Senior Leaving Certificate Examination (including Day School Certificate (Higher) General paper), 1949
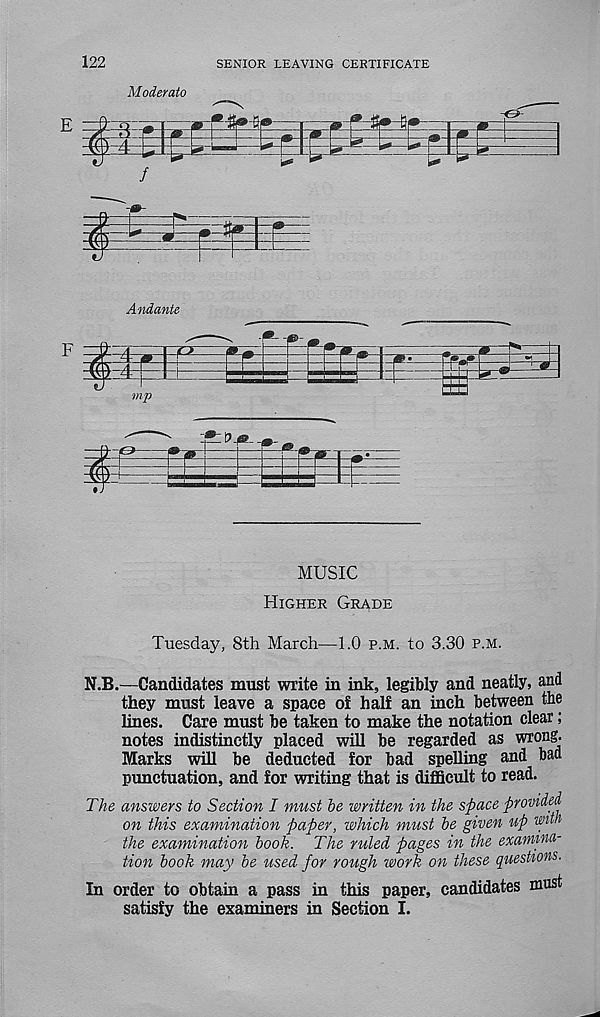
122
SENIOR LEAVING CERTIFICATE
Moderate
MUSIC
Higher Grade
Tuesday, 8th March—1.0 p.m. to 3.30 p.m.
N.B.—Candidates must write in ink, legibly and neatly, and
they must leave a space of half an inch between the
lines. Care must be taken to make the notation clear;
notes indistinctly placed will be regarded as wrong.
Marks will be deducted for bad spelling and baa
punctuation, and for writing that is difficult to read.
The answers to Section I must be written in the space provided
on this examination paper, which must be given up with
the examination book. The ruled pages in the examina-
tion book may be used for rough work on these questions.
In order to obtain a pass in this paper, candidates must
satisfy the examiners in Section I.